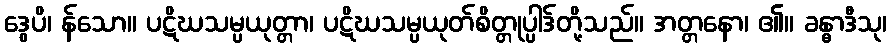
ဒွေပိ၊ န်သော။ ပဋိဃသမ္ပယုတ္တာ၊ ပဋိဃသမ္ပယုတ်စိတ္တုပ္ပါဒ်တို့သည်။ အတ္တနော၊ ၏။ ခန္ဓာဒီသု၊